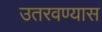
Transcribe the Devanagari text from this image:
उतरवण्यास